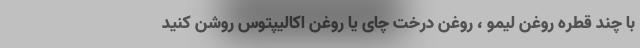
با چند قطره روغن لیمو ، روغن درخت چای یا روغن اکالیپتوس روشن کنید